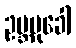
ဥဗ္ဘမုခေါ